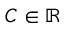
C \in \mathbb R